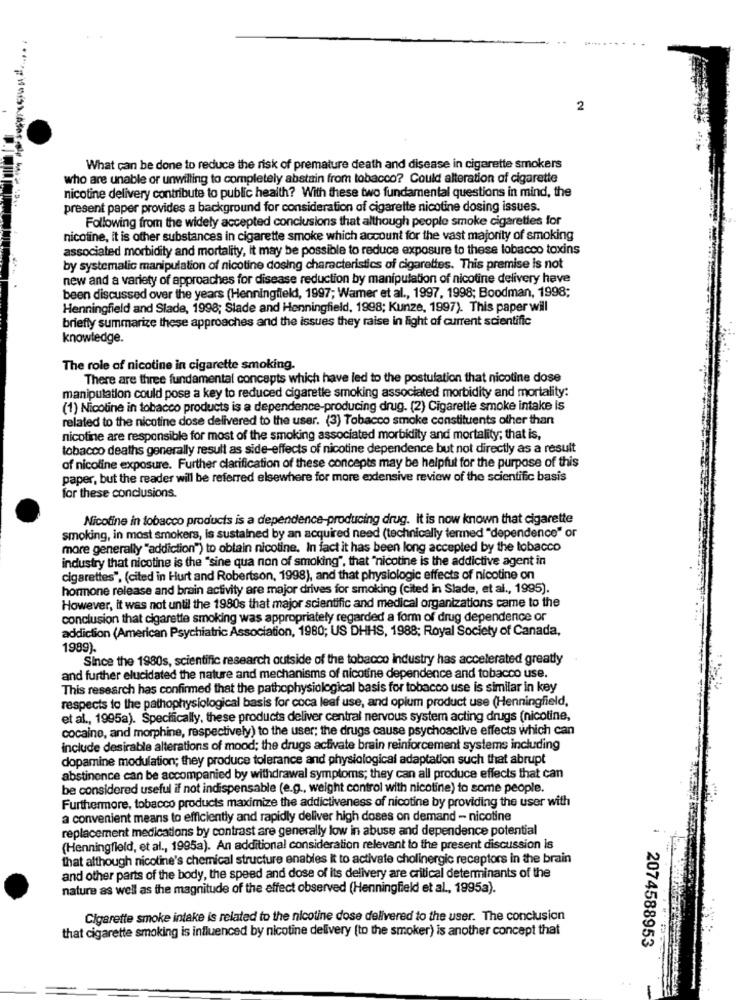
2
What can be done to reduce the risk of premature death and disease in cigarette smokers
who are unable or unwilling to completely abstain from tobacco? Could alteration of cigarette
nicotine delivery contribute to public health? With these two fundamental questions in mind, the
present paper provides a background for consideration of cigarette nicotine dosing issues.
Following from the widely accepted conclusions that although people smoke cigarettes for
nicoline, it is other substances in cigarette smoke which account for the vast majority of smoking
associated morbidity and mortality, it may be possible to reduce exposure to these lobacco toxins
by systemalic manipulation of nicotine dosing characteristics of cigarettes. This premise is not
new and a variety of approaches for disease reduction by manipulation of nicotine delivery have
been discussed over the years (Henningfield, 1997; Wamer et al ., 1997, 1998; Boodman, 1998;
Henningfield and Slade, 1998; Stade and Henningfield, 1998; Kunze, 1997). This paper will
briefly summarize these approaches and the issues they raise in light of current scientific
knowledge.
The role of nicotine in cigarette smoking.
There are three fundamental concepts which have led to the postulation that nicotine dose
manipulation could pose a key to reduced cigarette smoking associated morbidity and mortality:
(1) Nicotine in tobacco products is a dependence-producing drug. (2) Cigarette smoke intake is
related to the nicotine dose delivered to the user. (3) Tobacco smoke constituents other than
nicotine are responsible for most of the smoking associated morbidity and mortality; that is,
tobacco deaths generally result as side-effects of nicotine dependence but not directly as a result
of nicoline exposure. Further clarification of these concepts may be helpful for the purpose of this
paper, but the reader will be referred elsewhere for more extensive review of the scientific basis
for these conclusions.
Nicotine in tobacco products is a dependence-producing drug. It is now known that cigarette
smoking, in most smokers, is sustained by an acquired need (technically termed "dependence" or
more generally "addiction") to obtain nicotine. In fact it has been long accepted by the tobacco
industry that nicotine is the "sine qua non of smoking", that "nicotine is the addictive agent in
cigarettes", (cited in Hurt and Robertson, 1998), and that physiologic effects of nicotine on
hormone release and brain activity are major drives for smoking (cited in Slade, et al ., 1995).
However, it was not until the 1980s that major scientific and medical organizations came to the
conclusion that cigarette smoking was appropriately regarded a form of drug dependence or
addiction (American Psychiatric Association, 1980; US DHHS, 1988; Royal Society of Canada,
1989).
Since the 1980s, scientific research outside of the tobacco industry has accelerated greatly
and further elucidated the nature and mechanisms of nicotine dependence and tobacco use.
This research has confirmed that the pathophysiological basis for tobacco use is similar in key
respects to the pathophysiological basis for coca leaf use, and opium product use (Henningfield,
et al ., 1995a). Specifically, these products deliver central nervous system acting drugs (nicotine,
cocaine, and morphine, respectively) to the user; the drugs cause psychoactive effects which can
include desirable alterations of mood; the drugs activate brain reinforcement systems including
dopamine modulation; they produce tolerance and physiological adaptation such that abrupt
abstinence can be accompanied by withdrawal symptoms; they can all produce effects that can
be considered useful if not indispensable (e.g ., weight control with nicotine) to some people.
Furthermore, tobacco products maximize the addictiveness of nicotine by providing the user with
a convenient means to efficiently and rapidly deliver high doses on demand - nicotine
replacement medications by contrast are generally low in abuse and dependence potential
(Henningfield, et al ., 1995a). An additional consideration relevant to the present discussion is
that although nicotine's chemical structure enables It to activate cholinergic receptors in the brain
and other parts of the body, the speed and dose of its delivery are critical determinants of the
nature as well as the magnitude of the effect observed (Henningfield et al ., 1995a).
Cigarette smoke intake is related to the nicotine dose delivered to the user. The conclusion
that cigarette smoking is influenced by nicotine delivery (to the smoker) is another concept that
2074588953